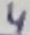
Text: 4